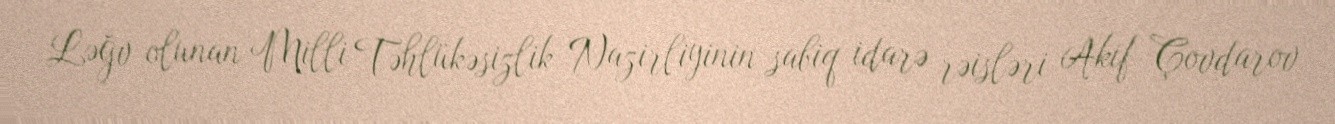
Ləğv olunan Milli Təhlükəsizlik Nazirliyinin sabiq idarə rəisləri Akif Çovdarov